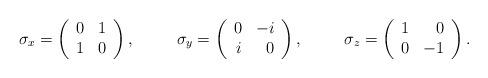
LaTeX: \begin{align*}\sigma_x &=\left(\begin{array}{cc}0 & 1 \\1 & 0\end{array}\right),&\sigma_y &=\left(\begin{array}{rr}0 & -i \\i & 0\end{array}\right),&\sigma_z &=\left(\begin{array}{rr}1 & 0 \\0 & -1\end{array}\right).\end{align*}